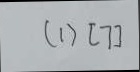
( 1 ) [ 7 ]